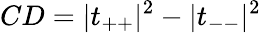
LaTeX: CD=|t_{++}|^{2}-|t_{--}|^{2}